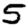
Digit: 5